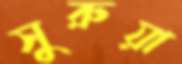
সুরুয়া